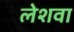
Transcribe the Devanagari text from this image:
लेशवा